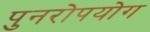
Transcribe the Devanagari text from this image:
पुनरोपयोग